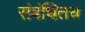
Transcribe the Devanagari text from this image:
संबंधितच